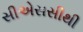
સીએસસીથી